Report of the Indian Hemp Drugs Commission, 1894-1895 - Volume VI
Year: 1894
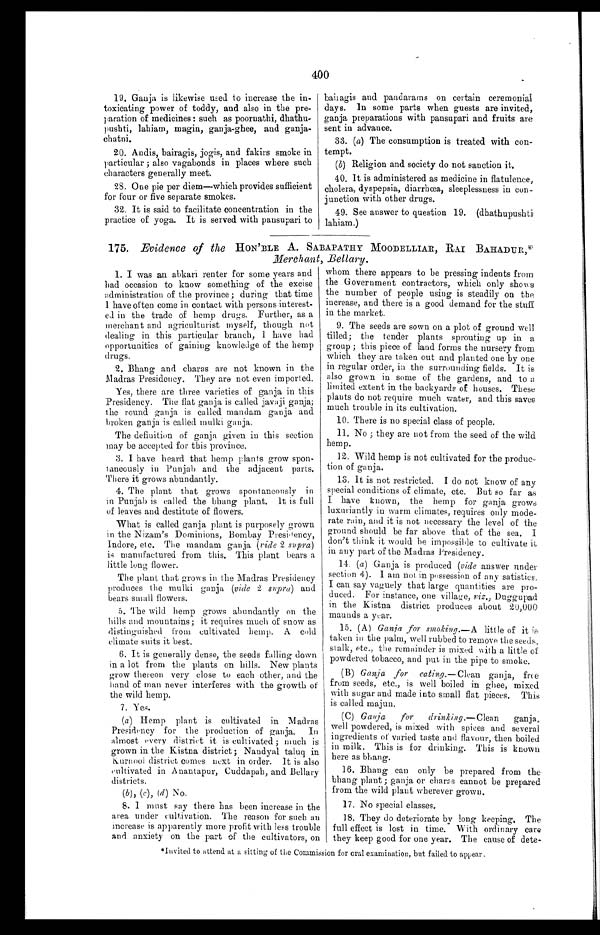
400
19. Ganja is likewise used to increase the in-
toxicating power of toddy, and also in the pre-
paration of medicines: such as poornathi, dhathu-
pushti, lahiam, magin, ganja-ghee, and ganja-
chatni.
20. Andis, bairagis, jogis, and fakirs smoke in
particular; also vagabonds in places where such
characters generally meet.
28. One pie per diem—which provides sufficient
for four or five separate smokes.
32. It is said to facilitate concentration in the
practice of yoga. It is served with pansupari to
bairagis and pandarams on certain ceremonial
days. In some parts when guests are invited,
ganja preparations with pansupari and fruits are
sent in advance.
33. (a) The consumption is treated with con-
tempt.
(b) Religion and society do not sanction it.
40. It is administered as medicine in flatulence,
cholera, dyspepsia, diarrhœa, sleeplessness in con-
junction with other drugs.
49. See answer to question 19. (dhathupushti
lahiam.)
175. Evidence of the HON'BLE A. SABAPATHY MOODELLIAR, RAI BAHADUR,*
Merchant, Bellary.
1. I was an abkari renter for some years and
had occasion to know something of the excise
administration of the province; during that time
I have often come in contact with persons interest-
ed in the trade of hemp drugs. Further, as a
merchant and agriculturist myself, though not
dealing in this particular branch, I have had
opportunities of gaining knowledge of the hemp
drugs.
2. Bhang and charas are not known in the
Madras Presidency. They are not even imported.
Yes, there are three varieties of ganja in this
Presidency. The flat ganja is called javaji ganja;
the round ganja is called mandam ganja and
broken ganja is called mulki ganja.
The definition of ganja given in this section
may be accepted for this province.
3. I have heard that hemp plants grow spon-
taneously in Punjab and the adjacent parts.
There it grows abundantly.
4. The plant that grows spontaneously in
in Punjab is called the bhang plant. It is full
of leaves and destitute of flowers.
What is called ganja plant is purposely grown
in the Nizam's Dominions, Bombay Presidency,
Indore, etc. The mandam ganja (vide 2 supra)
is manufactured from this. This plant bears a
little long flower.
The plant that grows in the Madras Presidency
produces the mulki ganja (vide 2 supra) and
bears small flowers.
5. The wild hemp grows abundantly on the
bills and mountains; it requires much of snow as
distinguished from cultivated hemp. A cold
climate suits it best.
6. It is generally dense, the seeds falling down
in a lot from the plants on hills. New plants
grow thereon very close to each other, and the
hand of man never interferes with the growth of
the wild hemp.
7. Yes.
(a) Hemp plant is cultivated in Madras
Presidency for the production of ganja. In
almost every district it is cultivated; much is
grown in the Kistna district; Nandyal taluq in
Kurnool district comes next in order. It is also
cultivated in Anantapur, Cuddapah, and Bellary
districts.
( b) , ( c )
, ( d )
N o .
8.
I must say there has been increase in the
area under cultivation. The reason for such an
increase is apparently more profit with less trouble
and anxiety on the part of the cultivators, on
whom there appears to be pressing indents from
the Government contractors, which only shows
the number of people using is steadily on the
increase, and there is a good demand for the stuff
in the market.
9. The seeds are sown on a plot of ground well
tilled; the tender plants sprouting up in a
group; this piece of land forms the nursery from
which they are taken out and planted one by one
in regular order, in the surrounding fields. It is
also grown in some of the gardens, and to a
limited extent in the backyards of houses. These
plants do not require much water, and this saves
much trouble in its cultivation.
10. There is no special class of people.
11. No; they are not from the seed of the wild
hemp.
12. Wild hemp is not cultivated for the produc
-
tion of ganja.
13. It is not restricted. I do not know of any
special conditions of climate, etc. But so far as
I have known, the hemp for ganja grows
luxuriantly in warm climates, requires only mode-
rate rain, and it is not necessary the level of the
ground should be far above that of the sea. I
don't think it would be impossible to cultivate it
in any part of the Madras Presidency.
14. (a) Ganja is produced ( vide answer under
section 4). I am not in possession of any satistics.
I can say vaguely that large quantities are pro-
duced. For instance, one village, viz., Duggupad
in the Kistna district produces about 20,000
maunds a year.
15. (A) Ganja for smoking .—A little of it
is taken in the palm, well rubbed to remove the seeds,
stalk, etc., the remainder is mixed with a little of
powdered tobacco, and put in the pipe to smoke.
(B) Ganja for eating. —Clean ganja, free
from seeds, etc., is well boiled in ghee, mixed
with sugar and made into small flat pieces. This
is called majun.
(C)
Ganja for drinking. —Clean ganja,
well powdered, is mixed with spices and several
ingredients of varied taste and flavour, then boiled
in milk. This is for drinking. This is known
here as bhang.
16. Bhang can only be prepared from the
bhang plant; ganja or charas cannot be prepared
from the wild plant wherever grown.
17. No special classes.
18. They do deteriorate by long keeping. The
full effect is lost in time. With ordinary care
they keep good for one year. The cause of dete
-
*Invited to attend at a sitting of the Commission for oral examination, but failed to appear.